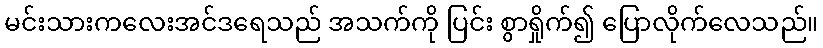
မင်းသားကလေးအင်ဒရေသည် အသက်ကို ပြင်း စွာရှိုက်၍ ပြောလိုက်လေသည်။